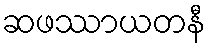
ဆဖဿာယတနီ